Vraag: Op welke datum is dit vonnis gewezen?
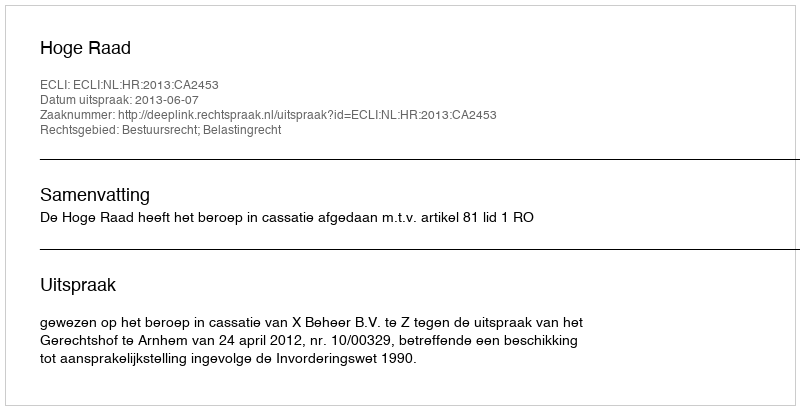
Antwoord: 2013-06-07